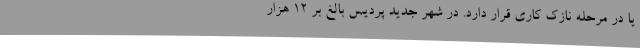
یا در مرحله نازک کاری قرار دارد. در شهر جدید پردیس بالغ بر ۱۲ هزار